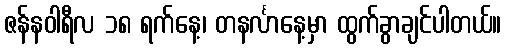
ဇန်နဝါရီလ ၁၈ ရက်နေ့၊ တနင်္လာနေ့မှာ ထွက်ခွာချင်ပါတယ်။